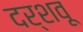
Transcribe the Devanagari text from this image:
दर्शवू